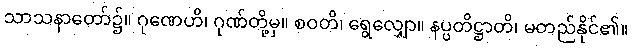
သာသနာတော်၌။ ဂုဏေဟိ၊ ဂုဏ်တို့မှ။ စဝတိ၊ ရွေလျှော။ နပ္ပတိဋ္ဌာတိ၊ မတည်နိုင်၏။